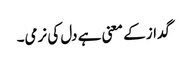
گداز کے معنی ہے دل کی نرمی۔